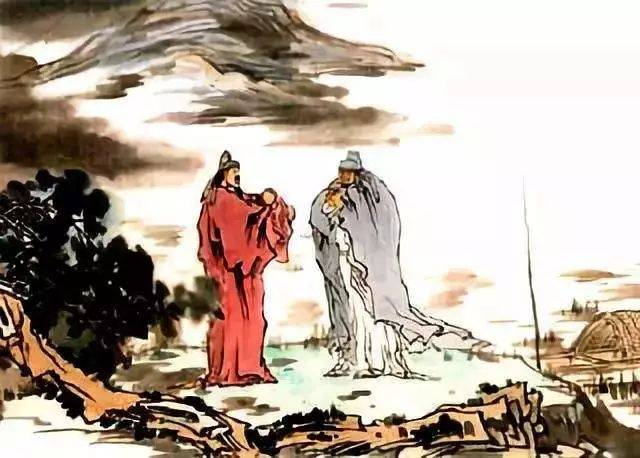
丹阳城南秋海阴，丹阳城北楚云深。